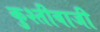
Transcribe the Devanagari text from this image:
कुश्तीबाजी